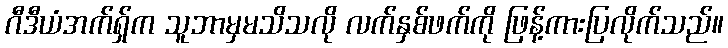
ဂီဒီယံအက်ရှ်က သူဘာမှမသိသလို လက်နှစ်ဖက်ကို ဖြန့်ကားပြလိုက်သည်။